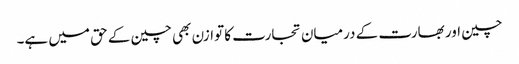
چین اور بھارت کے درمیان تجارت کا توازن بھی چین کے حق میں ہے۔